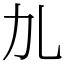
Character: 劜